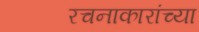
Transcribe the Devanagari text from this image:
रचनाकारांच्या